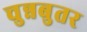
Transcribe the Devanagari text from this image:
चुन्नबुतर